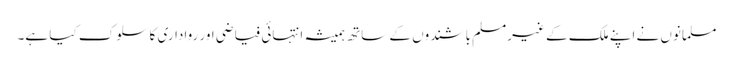
مسلمانوں نے اپنے ملک کے غیرمسلم باشندوں کے ساتھ ہمیشہ انتہائی فیاضی اور رواداری کا سلوک کیا ہے۔